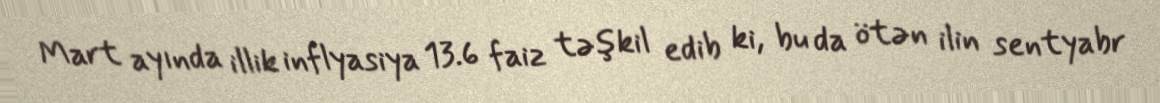
Mart ayında illik inflyasiya 13.6 faiz təşkil edib ki, bu da ötən ilin sentyabr